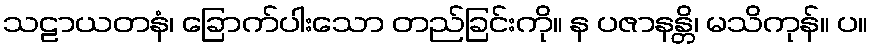
သဠာယတနံ၊ ခြောက်ပါးသော တည်ခြင်းကို။ န ပဇာနန္တိ၊ မသိကုန်။ ပ။